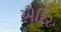
એરિર